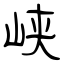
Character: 峡